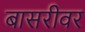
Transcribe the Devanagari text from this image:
बासरीवर